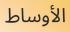
الأوساط